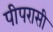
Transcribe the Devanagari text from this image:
पीपरासी